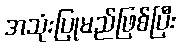
အသုံးပြုမည်ဖြစ်ပြီး